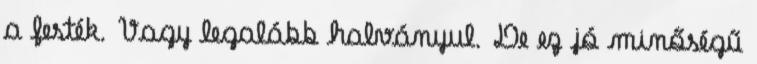
a festék. Vagy legalább halványul. De ez jó minőségű